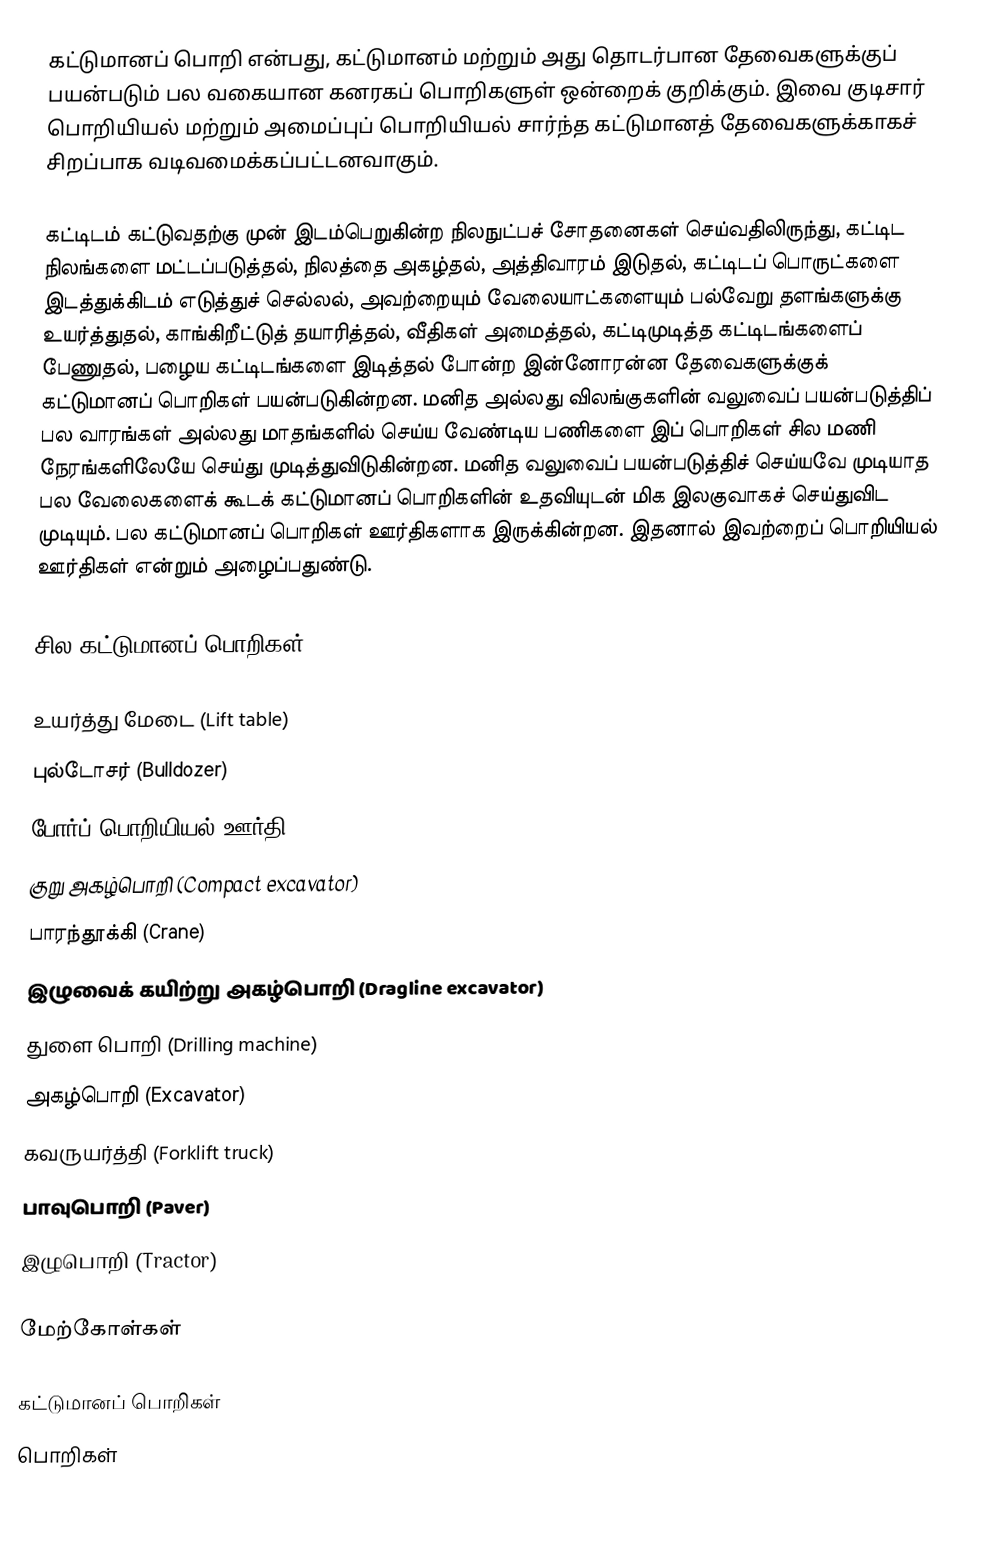
கட்டுமானப் பொறி என்பது, கட்டுமானம் மற்றும் அது தொடர்பான தேவைகளுக்குப் பயன்படும் பல வகையான கனரகப் பொறிகளுள் ஒன்றைக் குறிக்கும். இவை குடிசார் பொறியியல் மற்றும் அமைப்புப் பொறியியல் சார்ந்த கட்டுமானத் தேவைகளுக்காகச் சிறப்பாக வடிவமைக்கப்பட்டனவாகும்.

கட்டிடம் கட்டுவதற்கு முன் இடம்பெறுகின்ற நிலநுட்பச் சோதனைகள் செய்வதிலிருந்து, கட்டிட நிலங்களை மட்டப்படுத்தல், நிலத்தை அகழ்தல், அத்திவாரம் இடுதல், கட்டிடப் பொருட்களை இடத்துக்கிடம் எடுத்துச் செல்லல், அவற்றையும் வேலையாட்களையும் பல்வேறு தளங்களுக்கு உயர்த்துதல், காங்கிறீட்டுத் தயாரித்தல், வீதிகள் அமைத்தல், கட்டிமுடித்த கட்டிடங்களைப் பேணுதல், பழைய கட்டிடங்களை இடித்தல் போன்ற இன்னோரன்ன தேவைகளுக்குக் கட்டுமானப் பொறிகள் பயன்படுகின்றன. மனித அல்லது விலங்குகளின் வலுவைப் பயன்படுத்திப் பல வாரங்கள் அல்லது மாதங்களில் செய்ய வேண்டிய பணிகளை இப் பொறிகள் சில மணி நேரங்களிலேயே செய்து முடித்துவிடுகின்றன. மனித வலுவைப் பயன்படுத்திச் செய்யவே முடியாத பல வேலைகளைக் கூடக் கட்டுமானப் பொறிகளின் உதவியுடன் மிக இலகுவாகச் செய்துவிட முடியும். பல கட்டுமானப் பொறிகள் ஊர்திகளாக இருக்கின்றன. இதனால் இவற்றைப் பொறியியல் ஊர்திகள் என்றும் அழைப்பதுண்டு.

சில கட்டுமானப் பொறிகள்

 உயர்த்து மேடை (Lift table)
 புல்டோசர் (Bulldozer)
 போர்ப் பொறியியல் ஊர்தி (Combat engineering vehicle)
 குறு அகழ்பொறி (Compact excavator)
 பாரந்தூக்கி (Crane)
 இழுவைக் கயிற்று அகழ்பொறி (Dragline excavator)
 துளை பொறி (Drilling machine)
 அகழ்பொறி (Excavator)
 கவருயர்த்தி (Forklift truck)
 பாவுபொறி (Paver)
 இழுபொறி (Tractor)

மேற்கோள்கள்

கட்டுமானப் பொறிகள்
பொறிகள்